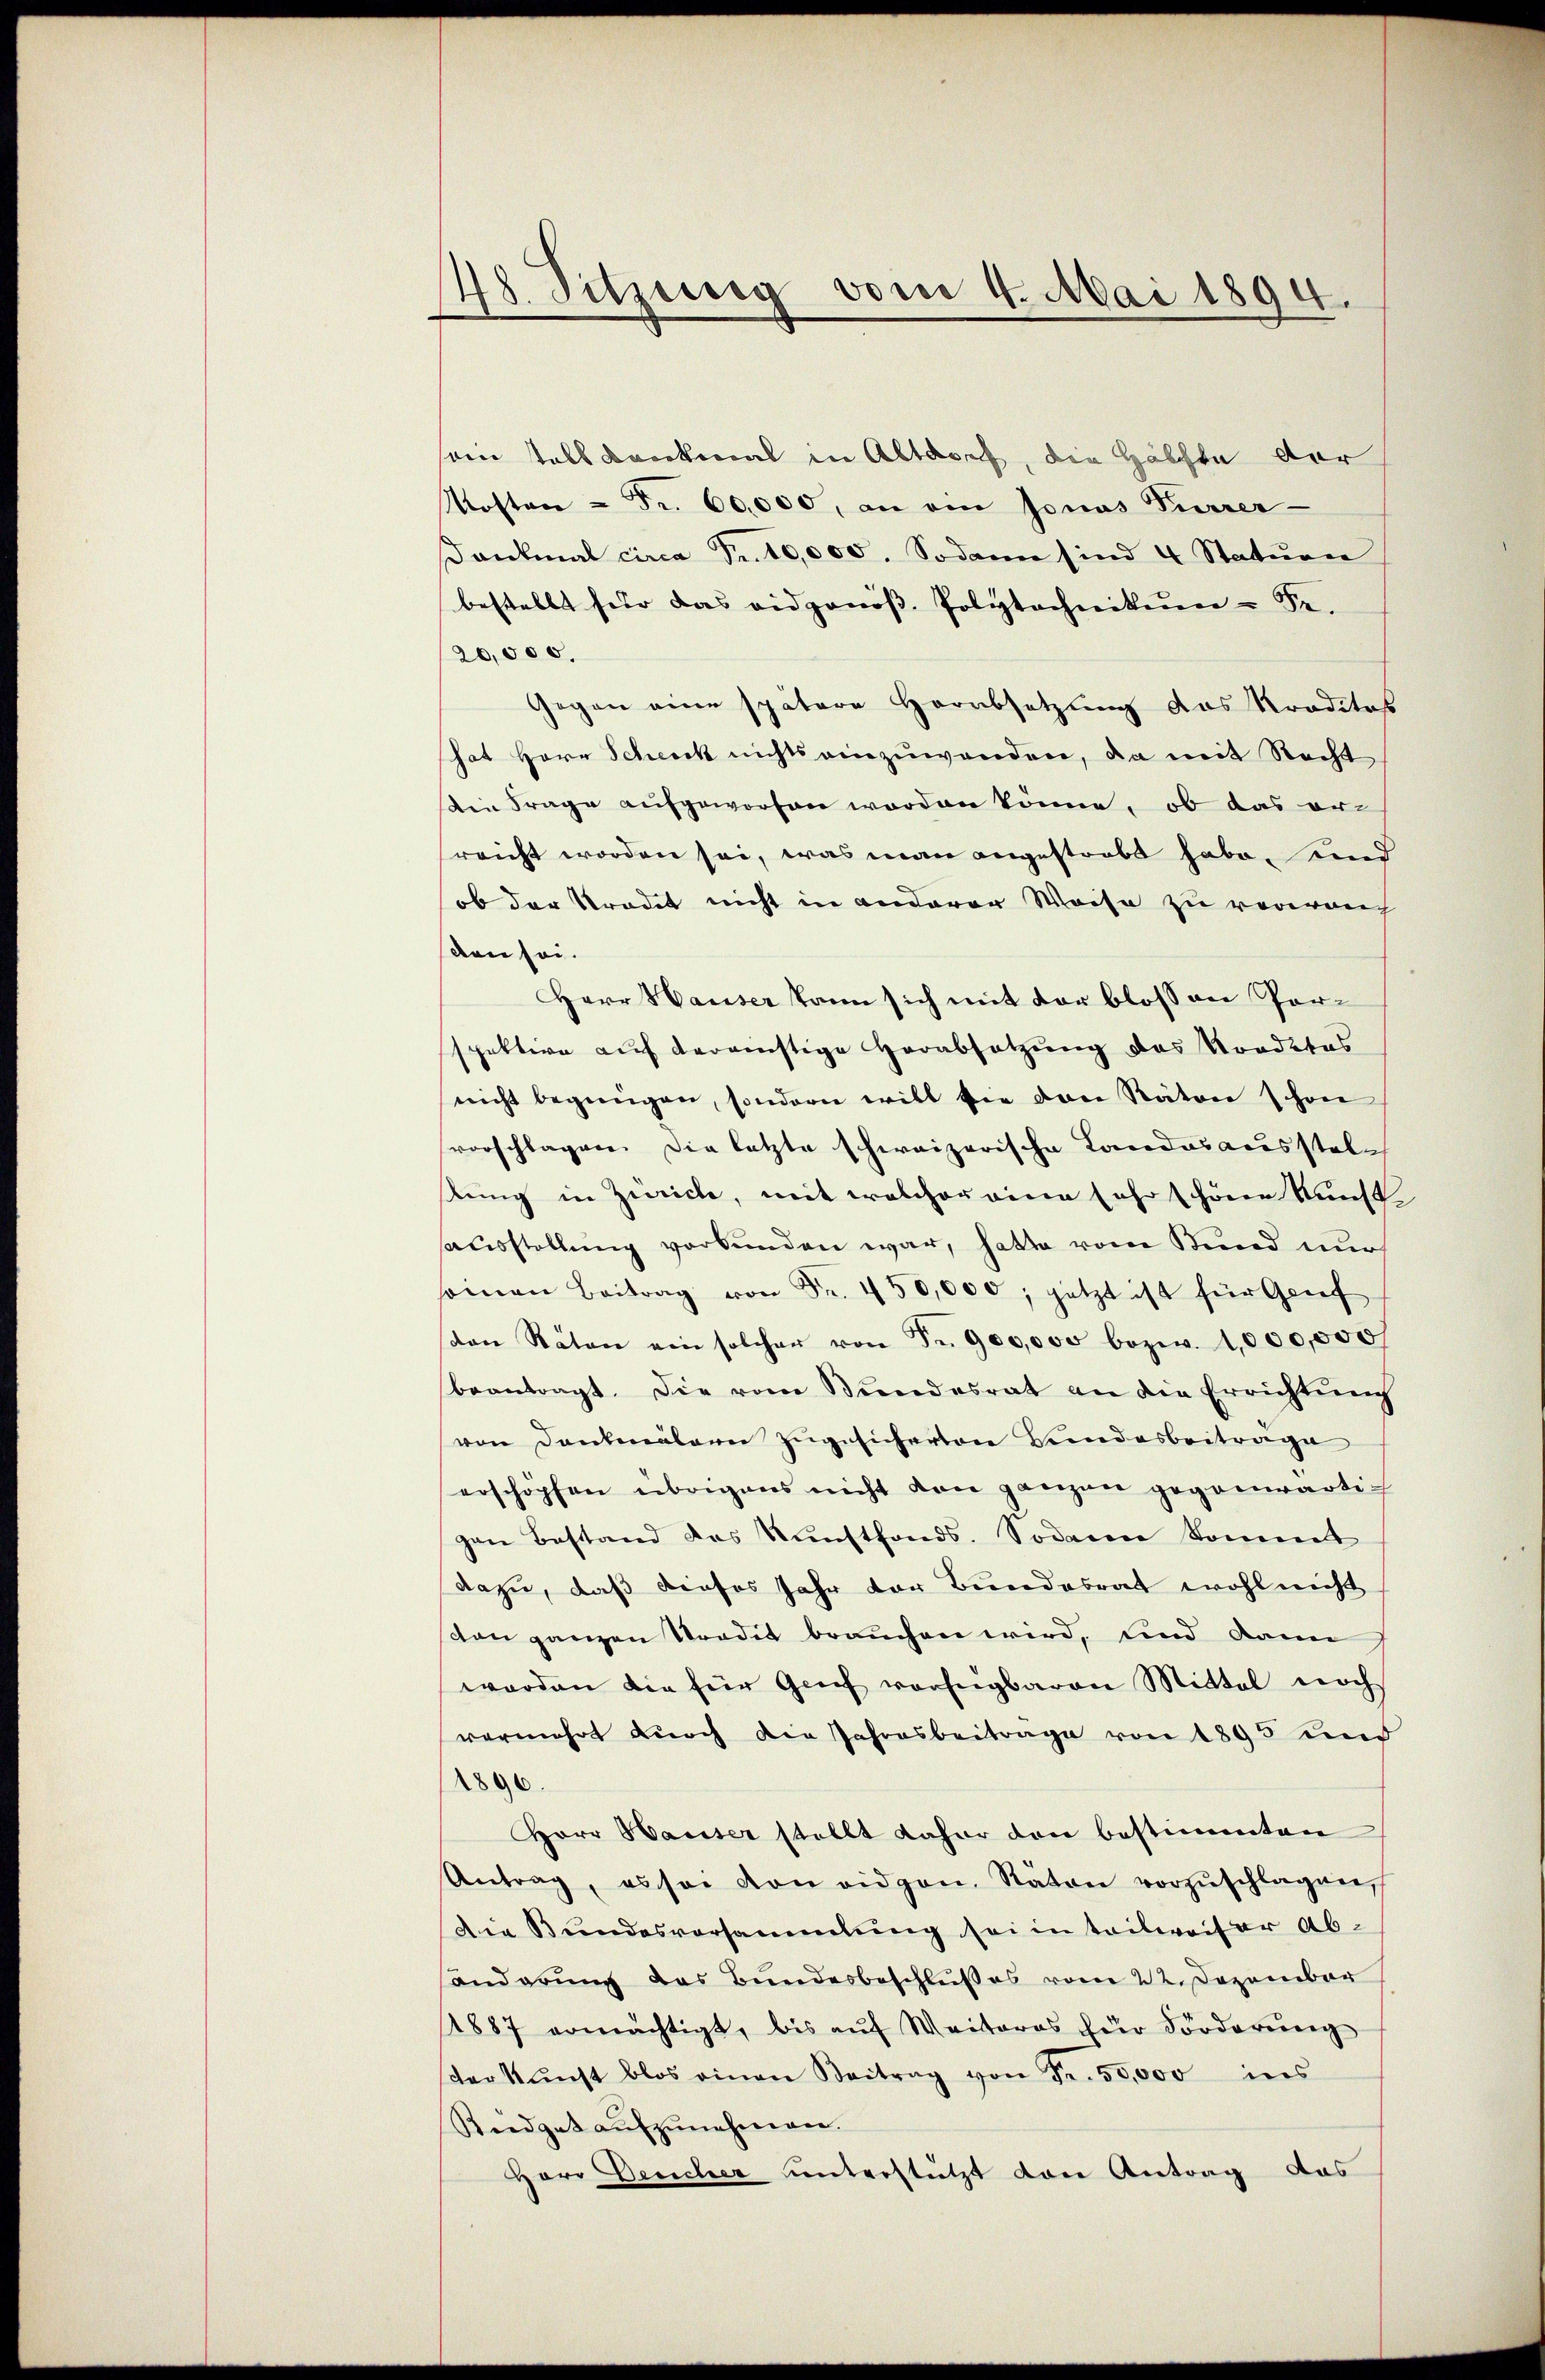
48. Sitzung vom 4. Mai 1894.

ain tals Dankmal in Altdorf, die Hälfte der
Kosten = Fr. 60,000, an ein Jonas Furrer-
ankmal circa Fr. 10,000. Sodann sind 4 Statŭrn
bestellt für das eidgenöβ. Polytechnikum u Fr.
20,000.
Gegen eine spätere Herabsetzung das Kreditas
hat Herr Schick nichts einzuwenden, da mit Recht
Die Frage aufgeworfen worden könne, ob das erreicht worden sei, was man angestrebt habe, ind
ob der Stradit nicht in anderer Weise zu vorerauch
den sei.
Herr Hauser kann sich mit der blossen Porspektire auf deranstige Herabsetzung des Vordetes
nicht begnügen, sondern will sie den Räten schon
svorschlagen. Die letzte schweizerische Landesausstelstung in Zürich, mit welcher eine sehr schöne Kunst
ausstellung verbunden war, hatte vom Kund nur
seinen Beitrag von Fr. 450,000, jetzt ist für Grief
den Räten ein solcher von Fr. 900,000 bezw. 1,000,000
beantragt. Die vom Bundesrat an die Errichtŭng
von Dankmälern zugesicherten Landesbeitrage
erschöpfen übrigens nicht von ganzen gegenwärtig
gen Bestand des Kunstfonds. Sodann kommt
dazu, daß dieses Jahr der Bundesrat wohl nicht
con ganzen Tradit brauchen wird, und dann
worden die für Genf verfügbaren Mittel noch
vermehrt durch die Jahresbeitrage von 1895 und
1896.
Herr Hauser stellt daher den bestimmten
Antrag, es sei von eidgen. Räten vorzŭschlagen,
Die Bundesversammlung sei in teilweiser Absonderung das Bundesbeschlußes vom 22. Dezember
1887 ermächtigt, bis auf Weiteres zur Förderung
er kunst blos einen Beitrag von Fr. 50,000 ins
Reidgat aŭfzŭnehmen.
Herr Desicher unterstützt von Antrag das